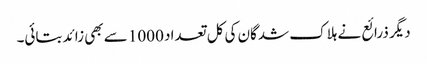
دیگر ذرائع نے ہلاک شدگان کی کل تعداد 1000 سے بھی زائد بتائی۔